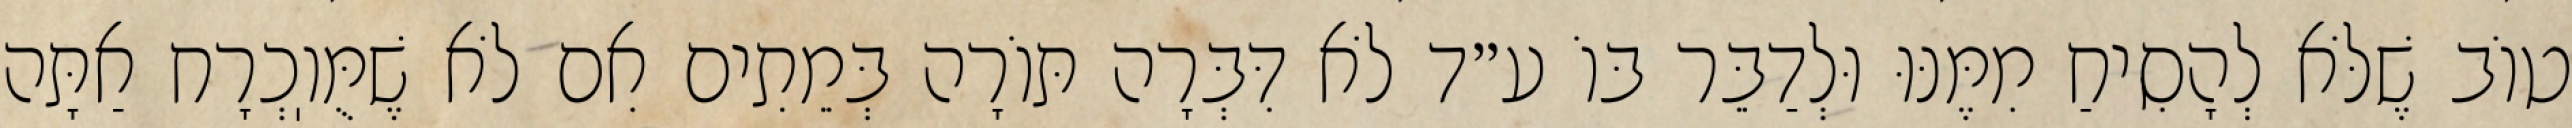
טוֹב שֶׁלֹּא לְהָסִיחַ מִמֶּנּוּ וּלְדַבֵּר בּוֹ ע״ד לֹא דִּבְּרָה תּוֹרָה בְּמֵתִים אִם לֹא שֶׁמֻּוֽכְרָח אַתָּה